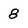
Character: 8